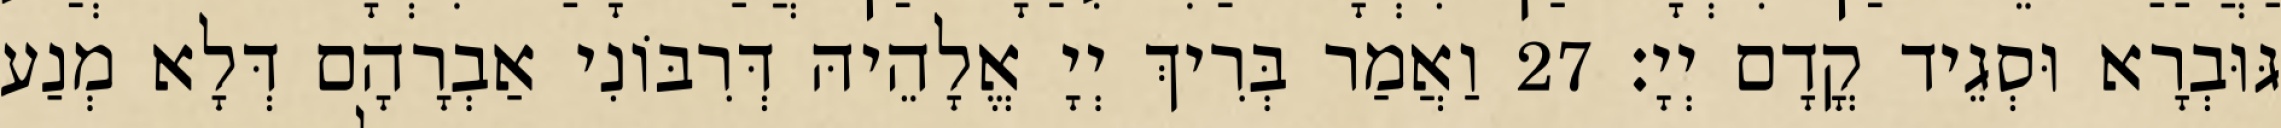
גּוּבְרָא וּסְגֵיד קֳדָם יְיָ׃ 27 וַאֲמַר בְּרִיךְ יְיָ אֱלָהֵיהּ דְּרִבּוֹנִי אַבְרָהָם דְּלָא מְנַע